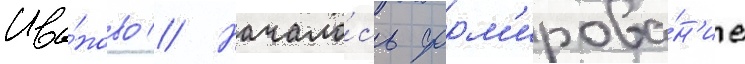
Ива́ново // Начало́сь форм'ирова́н'ие